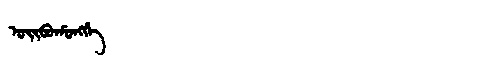
Manchu: ᠣᡳᠪᠣᡥᠣᠩᡤᡝ
Romanization: OIBOHONGGE